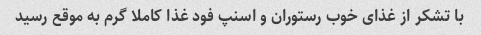
با تشکر از غذای خوب رستوران و اسنپ فود غذا کاملا گرم به موقع رسید